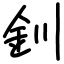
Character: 釧